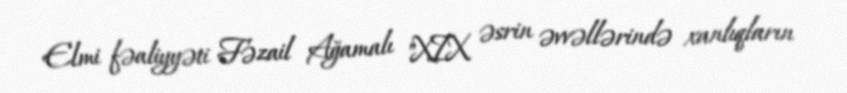
Elmi fəaliyyəti Fəzail Ağamalı "XIX əsrin əvvəllərində xanlıqların